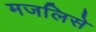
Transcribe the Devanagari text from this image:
मजलिसे